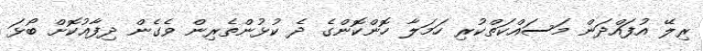
ރިލޭ އުފައްދަން މަސައްކަތްކުރި ހަމަލާ ހޮންކޮންގެ ދެ ކުޅުންތެރިން ވެގެން ދިފާއުކޮށް ބޯޅަ